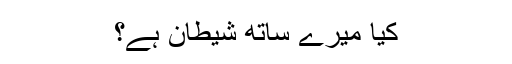
کیا میرے ساتھ شیطان ہے؟